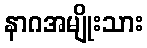
နာဂအမျိုးသား